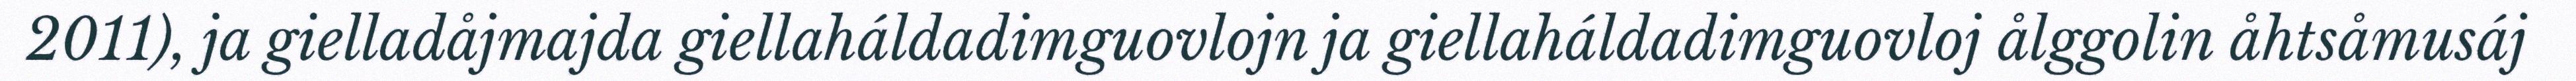
2011), ja gielladåjmajda giellaháldadimguovlojn ja giellaháldadimguovloj ålggolin åhtsåmusáj